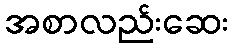
အစာလည်းဆေး